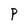
Character: P